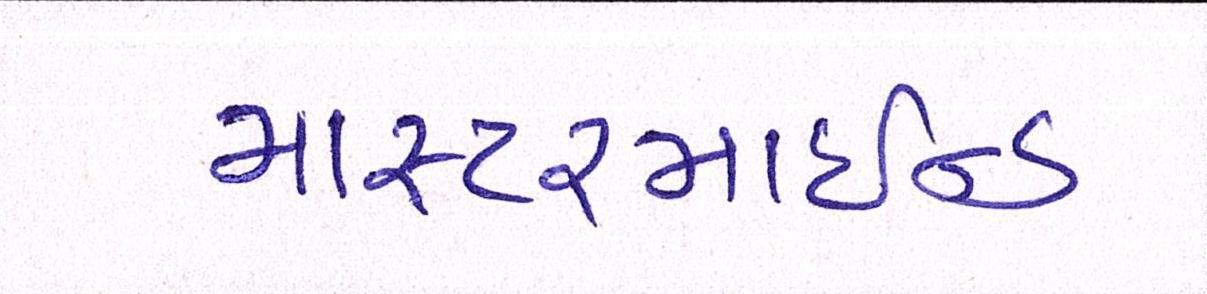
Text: માસ્ટરમાઈન્ડ